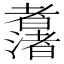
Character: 𱻯